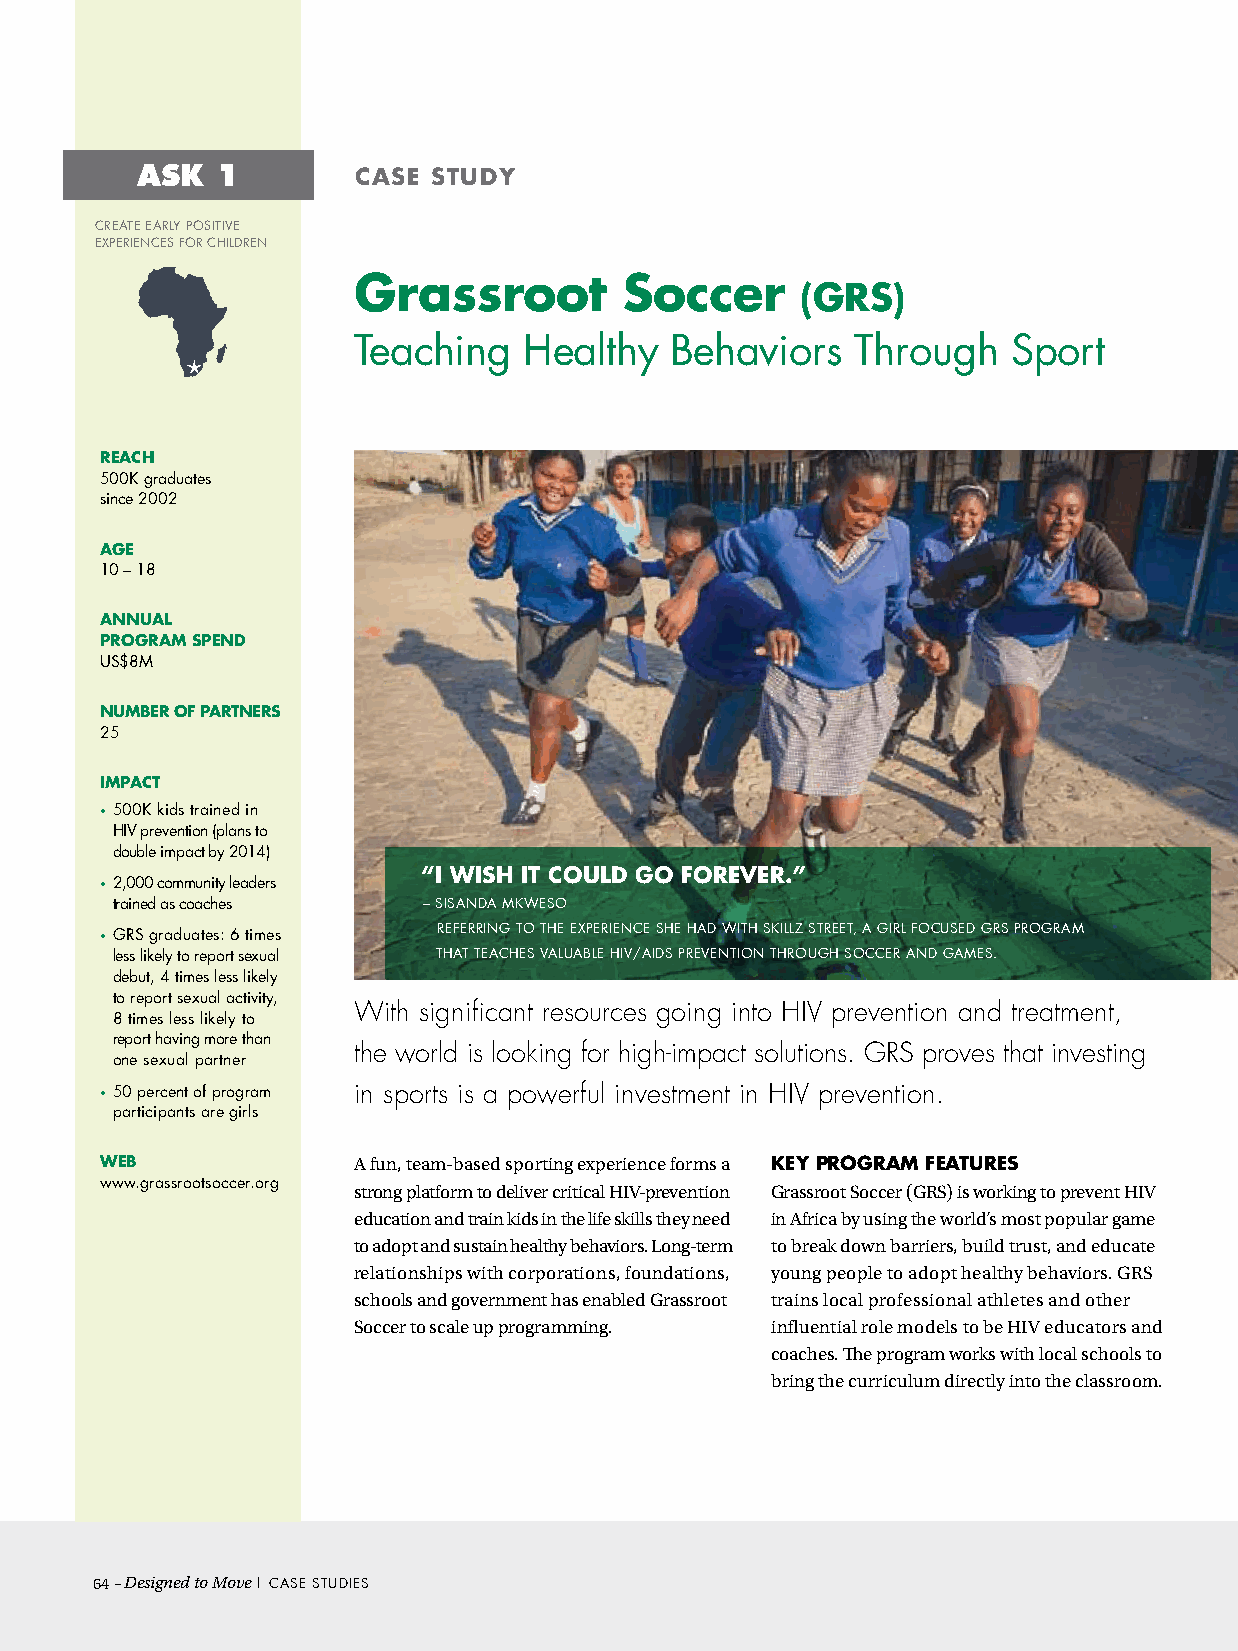
ASK  1        case  study
 cReATe eARLy POsiTive
 exPeRiences FOR chiLdRen
 Grassroot         soccer
 (GRs)
 Teaching    healthy  Behaviors    Through   sport
 ReacH
 500K graduates
 since 2002
 aGe
 10 – 18
 aNNuaL
 PROGRaM sPeNd
 us$8M
 NuMBeR OF PaRtNeRs
 25
 iMPact
 • 500K kids trained in
 hiv prevention (plans to
 double impact by 2014)
 “i WisH it cOuLd GO FOReveR.”
 • 2,000 community leaders
 trained as coaches   – sisAndA MKWesO
 • GRs graduates: 6 times ReFeRRinG TO The exPeRience she hAd WiTh sKiLLZ sTReeT, A GiRL FOcused GRs PROGRAM
 less likely to report sexual ThAT TeAches vALuABLe hiv/Aids PRevenTiOn ThROuGh sOcceR And GAMes.
 debut, 4 times less likely
 to report sexual activity,
 With significant resources going into HIV prevention and treatment,
 8 times less likely to
 report having more than
 the world is looking for high-impact solutions. GRS proves that investing
 one sexual partner
 • 50 percent of program in sports is a powerful investment in HIV prevention.
 participants are girls
 WeB             A fun, team-based sporting experience forms a Key PROGRaM FeatuRes
 www.grassrootsoccer.org
 strong platform to deliver critical HIV-prevention Grassroot Soccer (GRS) is working to prevent HIV
 education and train kids in the life skills they need in Africa by using the world’s most popular game
 to adopt and sustain healthy behaviors. Long-term to break down barriers, build trust, and educate
 relationships with corporations, foundations, young people to adopt healthy behaviors. GRS
 schools and government has enabled Grassroot trains local professional athletes and other
 Soccer to scale up programming. influential role models to be HIV educators and
 coaches. The program works with local schools to
 bring the curriculum directly into the classroom.
 64– Designed to Move | cAse sTudies